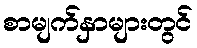
စာမျက်နှာများတွင်